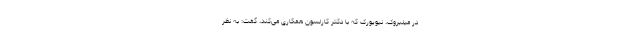
در میلبروک، نیویورک که با دکتر کارلسون همکاری می‌کند، گفت: به نظر